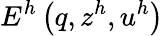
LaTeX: E^{h}\left(q,z^{h},u^{h}\right)